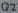
Text: Q2